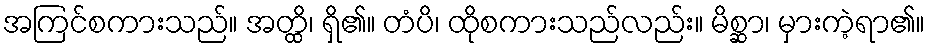
အကြင်စကားသည်။ အတ္ထိ၊ ရှိ၏။ တံပိ၊ ထိုစကားသည်လည်း။ မိစ္ဆာ၊ မှားကဲ့ရာ၏။